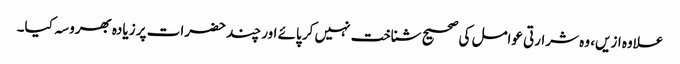
علاوہ ازیں، وہ شرارتی عوامل کی صحیح شناخت نہیں کر پائے اور چند حضرات پر زیادہ بھروسہ کیا۔